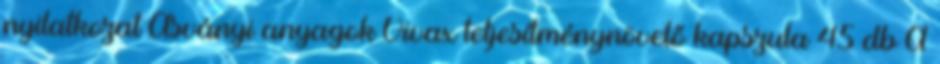
nyilatkozat Ásványi anyagok Vivax teljesítménynövelő kapszula 45 db A